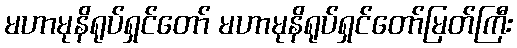
မဟာမုနိရုပ်ရှင်တော် မဟာမုနိရုပ်ရှင်တော်မြတ်ကြီး